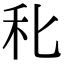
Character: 𥝓